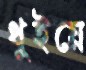
ধুইয়ে